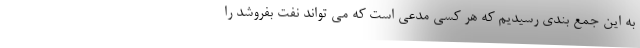
به این جمع بندی رسیدیم که هر کسی مدعی است که می تواند نفت بفروشد را